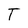
Character: T